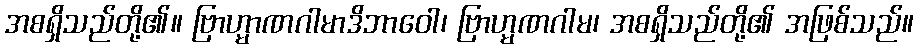
အစရှိသည်တို့၏။ ဗြာဟ္မာဏဂါမာဒိဘာဝေါ၊ ဗြာဟ္မဏဂါမ၊ အစရှိသည်တို့၏ အဖြစ်သည်။